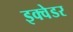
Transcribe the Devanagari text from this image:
इक्वेडर